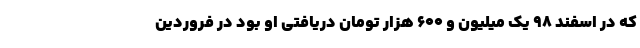
که در اسفند ۹۸ یک میلیون و ۶۰۰ هزار تومان دریافتی او بود در فروردین